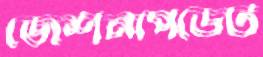
জেশনাপডেট